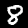
Digit: 8